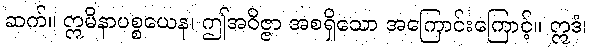
ဆက်။ ဣမိနာပစ္စယေန၊ ဤအဝိဇ္ဇာ အစရှိသော အကြောင်းကြောင့်။ ဣဒံ၊